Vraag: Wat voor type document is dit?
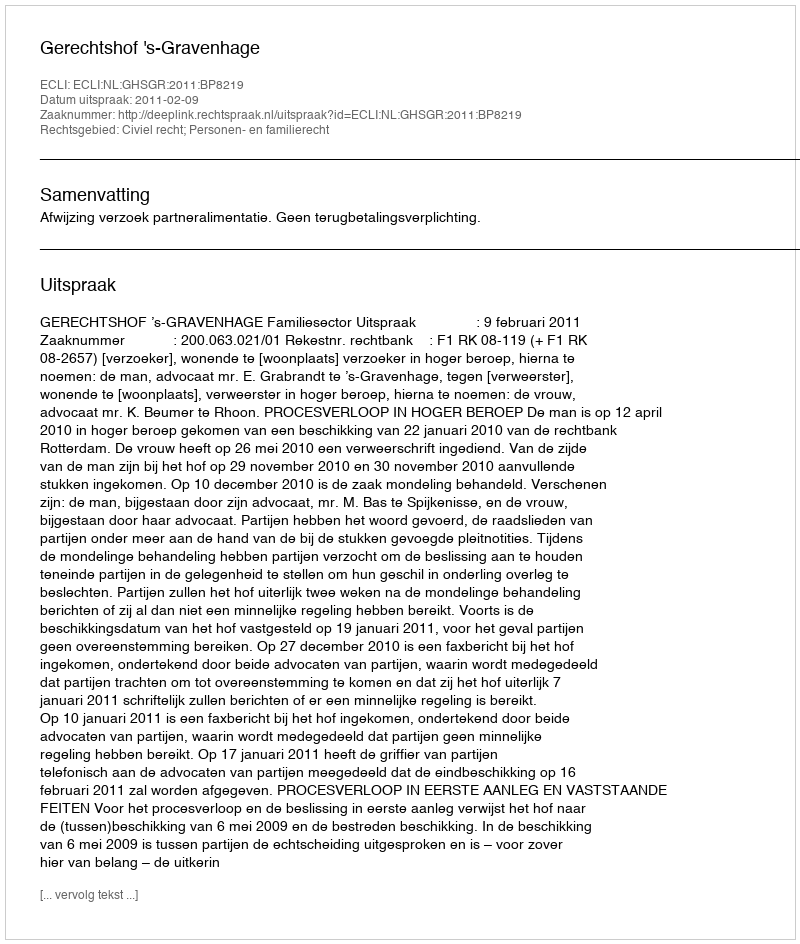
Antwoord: Uitspraak